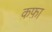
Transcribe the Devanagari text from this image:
कफ़ा